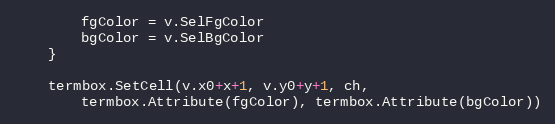
Language: Go
		fgColor = v.SelFgColor
		bgColor = v.SelBgColor
	}

	termbox.SetCell(v.x0+x+1, v.y0+y+1, ch,
		termbox.Attribute(fgColor), termbox.Attribute(bgColor))